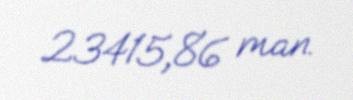
23415,86 man.